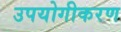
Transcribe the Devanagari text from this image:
उपयोगीकरण